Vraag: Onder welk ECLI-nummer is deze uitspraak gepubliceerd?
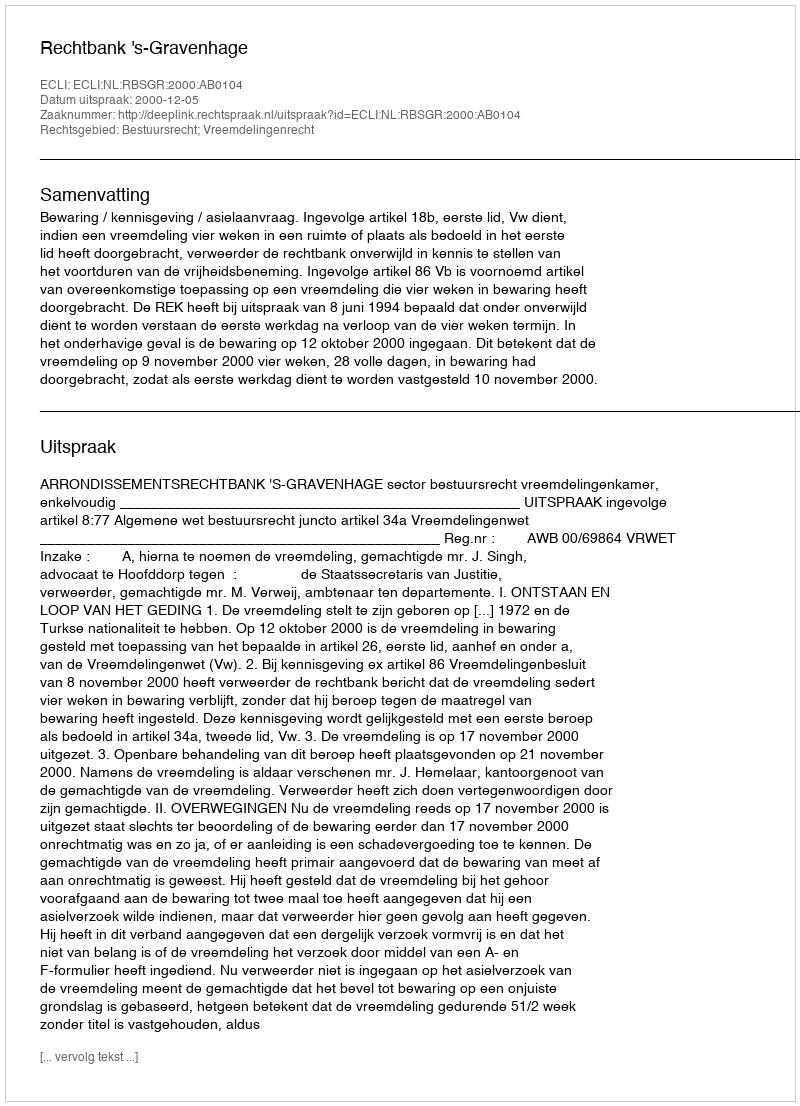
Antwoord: ECLI:NL:RBSGR:2000:AB0104